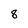
Character: 8